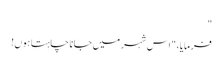
"
فرمایا، " اس شہر میں جانا چاہتا ہوں!